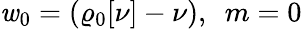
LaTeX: \mathit{w}_{0}=(\varrho_{\mathrm{{0}}}[\nu]-\nu),~~m=0